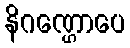
နိဂဏ္ဌောပေ